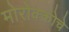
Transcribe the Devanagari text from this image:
मोरोक्कोचे